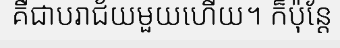
គឺជាបរាជ័យមួយហើយ។ ក៏ប៉ុន្តែ